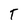
Character: T